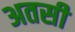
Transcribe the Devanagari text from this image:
अतसी